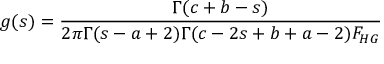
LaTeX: \ g ( s ) = \frac { \Gamma ( c + b - s ) } { 2 \pi \Gamma ( s - a + 2 ) \Gamma ( c - 2 s + b + a - 2 ) F _ { H G } }